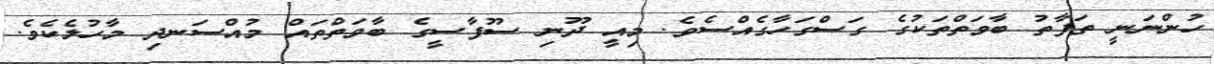
ހުންނަނީ ތަފާތު ބާވަތްތަކުގެ ގަސްގަހާގެއްސެވެ. މިއީ ދޫނި ސޫފާސީގެ ބާވަތްތައް މުއްސަނދި މާހުލެކެވެ.